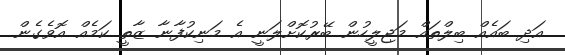
އަދި ބައެއް ބިލްތައް މަޖިލީހުން ބޭރުކޮށްލަނީ އެ މަނިކުފާނާ ޒާތީ ކަމެއް އޮވެގެން